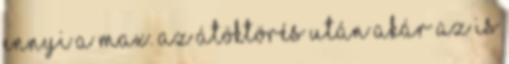
ennyi a max. Az átöktörés után akár az is